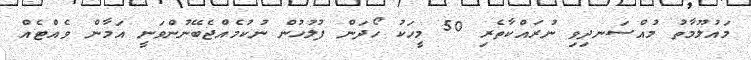
މައުލޫމާތު މުއްސަނދިވި ނުރައްކާތެރި 50 މީހަކު ހޯދަން ފުލުހުން ނުކުމެއްޖެބޭނުންވަނީ އަމާން ވެއްޓެއް